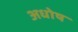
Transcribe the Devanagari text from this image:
अधोष